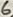
Text: 6